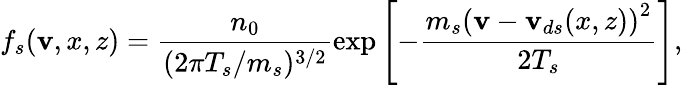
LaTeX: f_{s}(\mathbf{v},x,z)=\frac{n_{0}}{(2\pi T_{s}/m_{s})^{3/2}}\exp\left[-\frac{m_{s}\left(\mathbf{v}-\mathbf{v}_{ds}(x,z)\right)^{2}}{2T_{s}}\right],